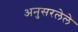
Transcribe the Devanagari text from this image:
अनुसरलेले